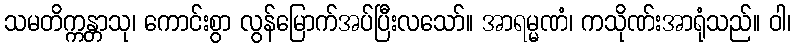
သမတိက္ကန္တာသု၊ ကောင်းစွာ လွန်မြောက်အပ်ပြီးလသော်။ အာရမ္မဏံ၊ ကသိုဏ်းအာရုံသည်။ ဝါ၊